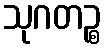
သုဂတဉ္စ